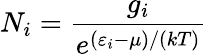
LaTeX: N_{i}={\frac{g_{i}}{e^{(\varepsilon_{i}-\mu)/(kT)}}}